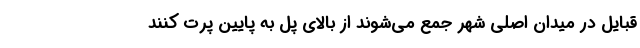
قبایل در میدان اصلی شهر جمع می‌شوند از بالای پل به پایین پرت کنند